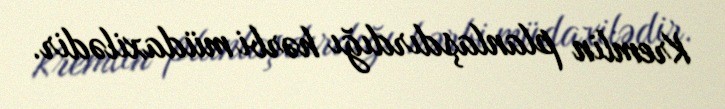
Kremlin planlaşdırdığı hərbi müdaxilədir.